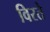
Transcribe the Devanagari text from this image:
विरते